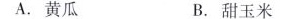
A.黄瓜 B.甜玉米